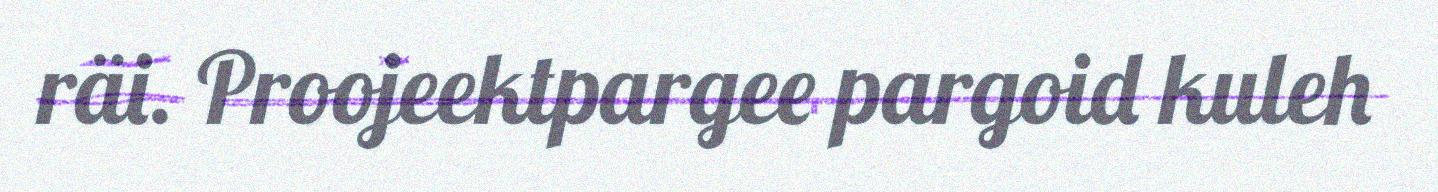
räi. Proojeektpargee pargoid kuleh